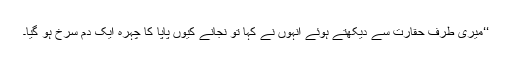
‘‘میری طرف حقارت سے دیکھتے ہوئے انہوں نے کہا تو نجانے کیوں پاپا کا چہرہ ایک دم سرخ ہو گیا۔